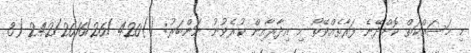
މި މަސައްކަތް ކޮށްދޭނެ ފަރާތެއްވޭތޯ މި އިދާރާއިން ކުރެވުނު ނަންބަރު: ()420-/242/2016/26 (3